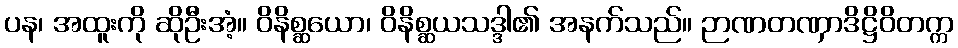
ပန၊ အထူးကို ဆိုဦးအံ့။ ဝိနိစ္ဆယော၊ ဝိနိစ္ဆယသဒ္ဒါ၏ အနက်သည်။ ဉာဏတဏှာဒိဋ္ဌိဝိတက္က